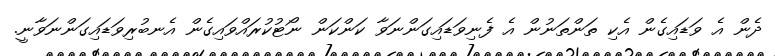
ދެން އެ ވަޑައިގެން އެކި ތަންތަނުން އެ ފެނިވަޑައިގަންނަވާ ކަންކަން ނޯޓުކުރައްވައިގެން އެނބުރިވަޑައިގަންނަވާނީ.